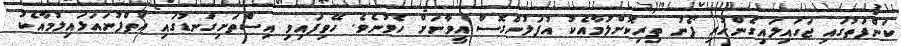
ކަންފަތުގައި ޖަހައިލައިގެންހުރި ފޯނު ތިރިކޮށްލުމާއެކު އުފަލުންގޮސް އީވާނަށް ހެވުނެވެ. ހޭވިފައިވި އިސްތަށިގަނޑުގައި އަތްފުނައަޅައިލުމާއެކު